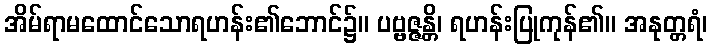
အိမ်ရာမထောင်သောရဟန်း၏ဘောင်၌။ ပဗ္ဗဇ္ဇန္တိ၊ ရဟန်းပြုကုန်၏။ အနုတ္တရံ၊